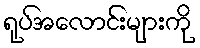
ရုပ်အလောင်းများကို